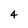
Character: 4